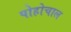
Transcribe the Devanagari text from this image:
पोहोचाल